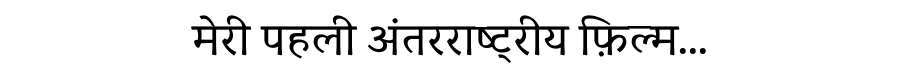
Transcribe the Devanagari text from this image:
मेरी पहली अंतरराष्ट्रीय फ़िल्म...